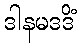
ဒါနမဒဒိံ